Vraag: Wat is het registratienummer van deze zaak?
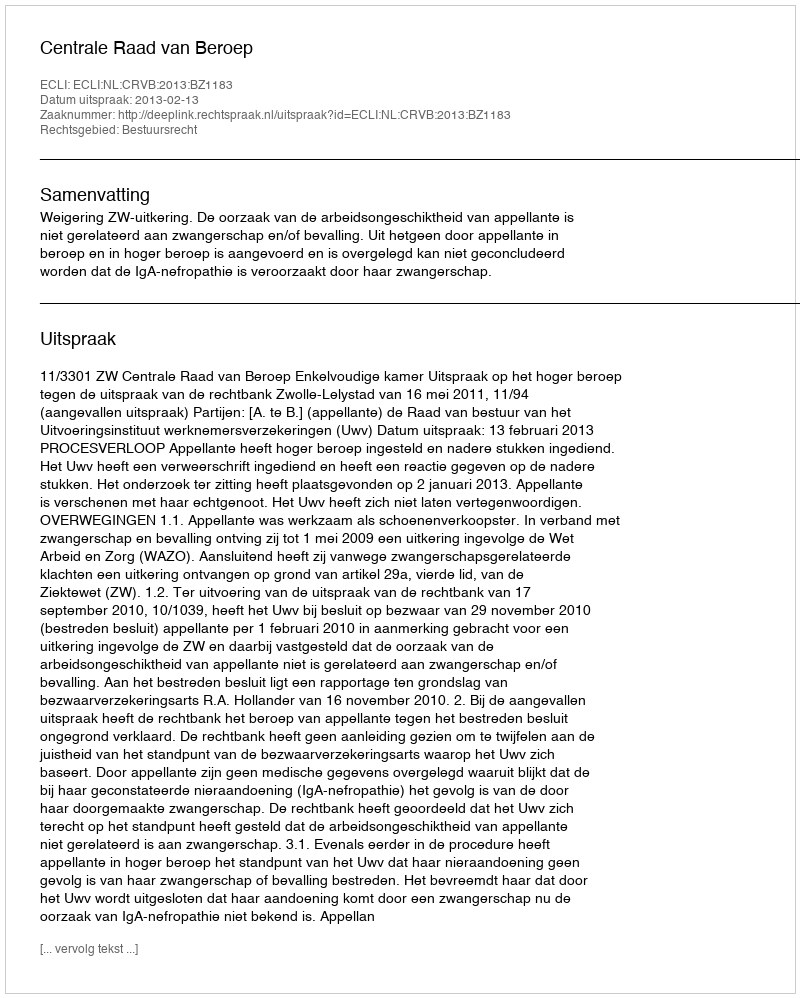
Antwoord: http://deeplink.rechtspraak.nl/uitspraak?id=ECLI:NL:CRVB:2013:BZ1183